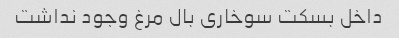
داخل بسکت سوخاری بال مرغ وجود نداشت